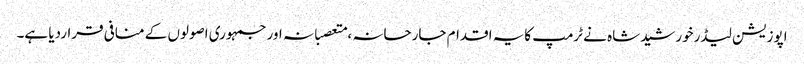
اپوزیشن لیڈرخورشیدشاہ نے ٹرمپ کایہ اقدام جارحانہ ،متعصبانہ اورجمہوری اصولوں کے منافی قراردیا ہے۔